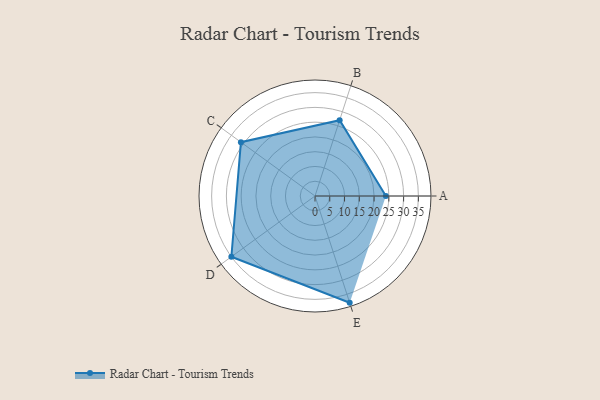
{"axis": {"x": "Skill", "y": "Score"}, "legend": ["Profile"], "data": [{"x": "A", "y": 24.0, "type": "Profile"}, {"x": "B", "y": 27.0, "type": "Profile"}, {"x": "C", "y": 31.0, "type": "Profile"}, {"x": "D", "y": 35.0, "type": "Profile"}, {"x": "E", "y": 38.0, "type": "Profile"}]}